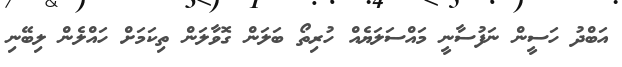
އަބްދު ހަސީން ނަފުސާނީ މައްސަލަޔެއް ހުރިތޯ ބަލަން ގޮވާލަން ތިކަމަށް ހައްލެން ލިބޭނި